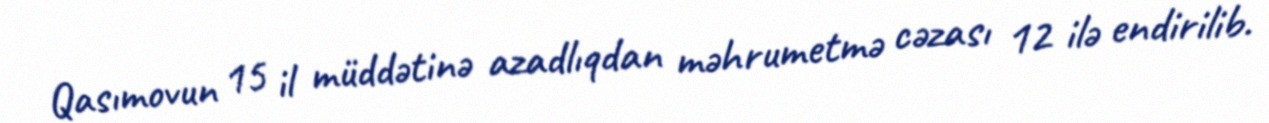
Qasımovun 15 il müddətinə azadlıqdan məhrumetmə cəzası 12 ilə endirilib.